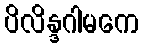
ပိလိန္ဒဂါမကေ